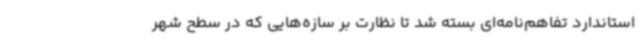
استاندارد تفاهم‌نامه‌ای بسته شد تا نظارت بر سازه‌هایی که در سطح شهر